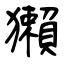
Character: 獺